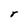
Character: r